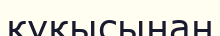
құқысынан